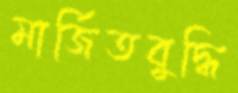
মার্জিতবুদ্ধি